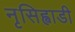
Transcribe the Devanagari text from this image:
नृसिह्वाडी